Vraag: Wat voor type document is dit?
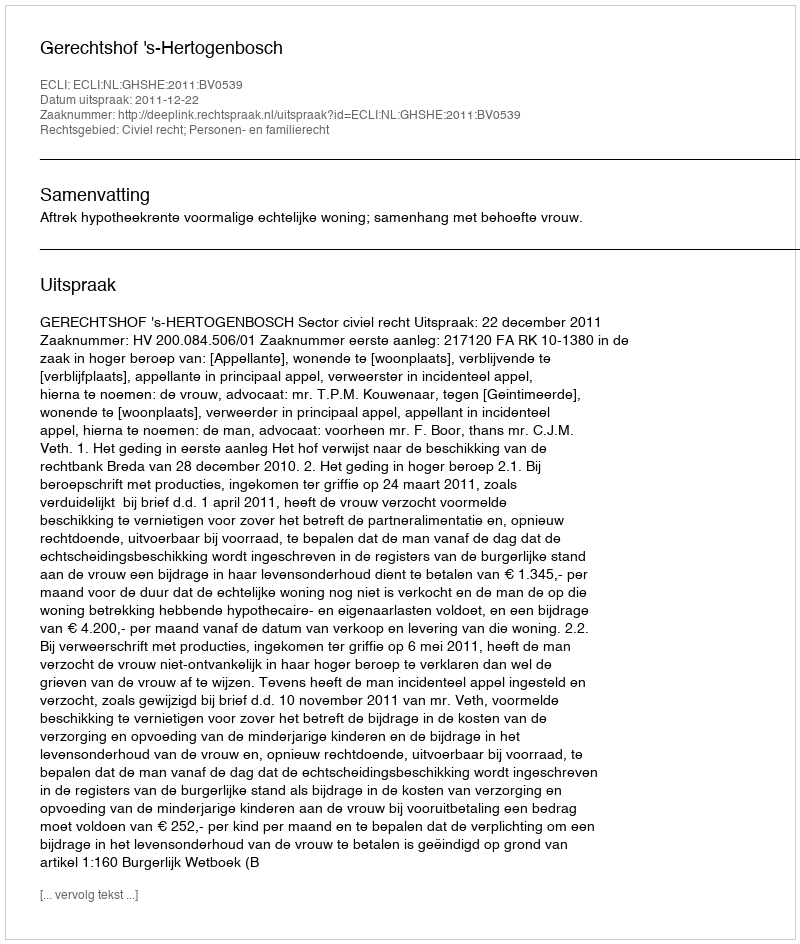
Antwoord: Uitspraak